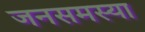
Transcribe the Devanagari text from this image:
जनसमस्या